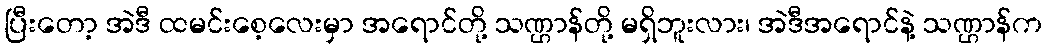
ပြီးတော့ အဲဒီ ထမင်းစေ့လေးမှာ အရောင်တို့ သဏ္ဌာန်တို့ မရှိဘူးလား၊ အဲဒီအရောင်နဲ့ သဏ္ဌာန်က